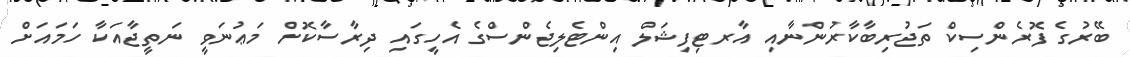
ބޭރުގެ ފޮރެންސިކް ތަޖުރިބާކާރުންނާއި އާރޓިފިޝަލް އިންޓެލިޖެންސްގެ އެހީގައި ދިރާސާކޮށް މަޢުނަވީ ނަތީޖާއަކާ ހަމައަށް